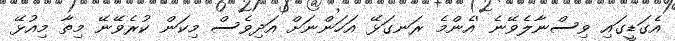
އެގަޑީގައި ވިސްނާލެވޭނެ 'އެންމެ ރަނގަޅޭ އަހަންނަށް އަދިވެސް މިކަން ކުރެވޭނޭ މިތާ މިއުޅޭ